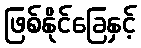
ဖြစ်နိုင်ခြေနှင့်